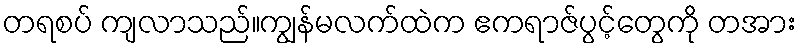
တရစပ် ကျလာသည်။ကျွန်မလက်ထဲက ဧကရာဇ်ပွင့်တွေကို တအား